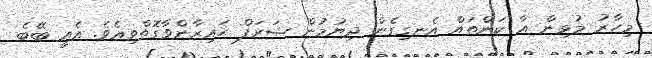
މިހާރު މުޅިން އާ ކަންތައް އެނގިގެން ދިޔުމުން ޝަރަފް ޙައިރާންވާގޮތްވިއެވެ. އެއީ ބޭބެ